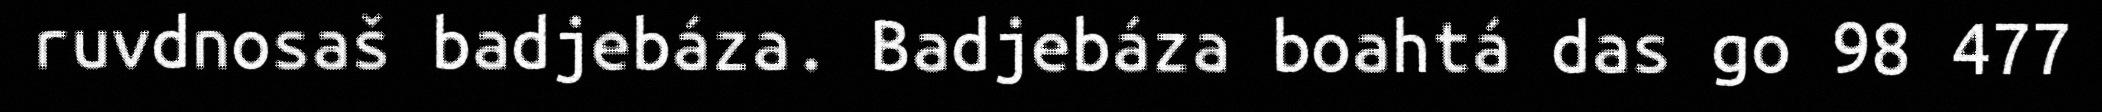
ruvdnosaš badjebáza. Badjebáza boahtá das go 98 477